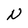
Character: N